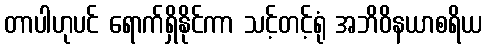
တာပါဟုပင် ရောက်ရှိနိုင်ကာ သင့်တင့်ရုံ အဘိဝိနယာစရိယ